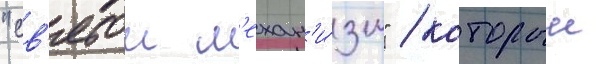
"св'ятои м'ехан'и́зм" / которыи